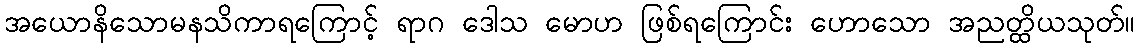
အယောနိသောမနသိကာရကြောင့် ရာဂ ဒေါသ မောဟ ဖြစ်ရကြောင်း ဟောသော အညတ္ထိယသုတ်။